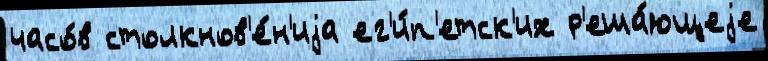
часо́в столкнов'е́н'иjа ег'и́п'етск'их р'еша́ющеjе